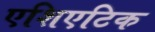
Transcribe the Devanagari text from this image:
एशिएटिक